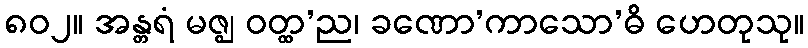
၈၀၂။ အန္တရံ မဇ္ဈ ဝတ္ထ’ည၊ ခဏော’ကာသော’ဓိ ဟေတုသု။